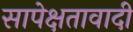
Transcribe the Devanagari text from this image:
सापेक्षतावादी